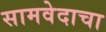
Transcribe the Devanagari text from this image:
सामवेदाचा